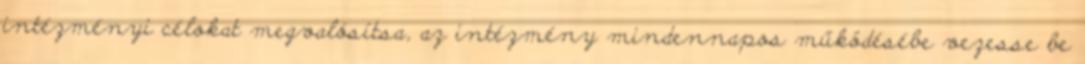
intézményi célokat megvalósítsa, az intézmény mindennapos működésébe vezesse be